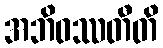
အဘိဝဿတီတိ